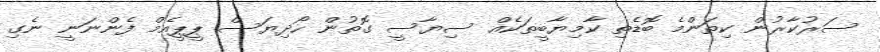
ސަރުކާރުން ކިތަންމެ ބޮޑެތި ކާމިޔާބީތަކެއް ސިޔާސީ ގޮތުން ހޯދިޔަސް ޕީޕީއެމް ފެންނަނީ ނެގި